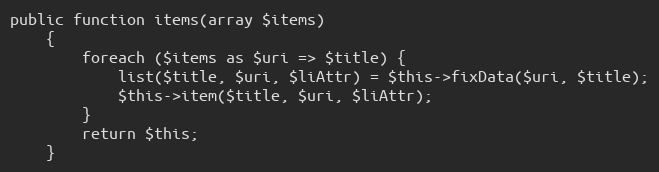
Language: PHP
public function items(array $items)
    {
        foreach ($items as $uri => $title) {
            list($title, $uri, $liAttr) = $this->fixData($uri, $title);
            $this->item($title, $uri, $liAttr);
        }
        return $this;
    }